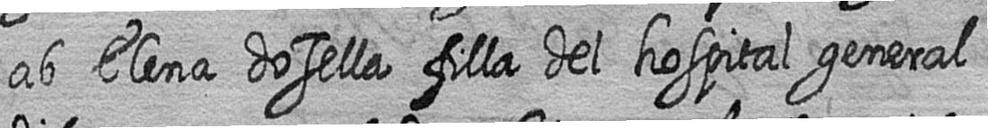
ab Elena dosella filla del hospital general